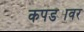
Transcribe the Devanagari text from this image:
कपड्यावर